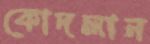
কোদলান